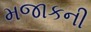
મજાકની